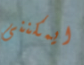
ايمكننى